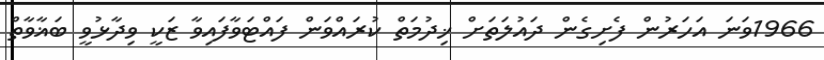
1966ވަނަ އަހަރުން ފެށިގެން ދައުލަތަށް ޚިދުމަތް ކުރައްވަން ފައްޓަވާފައިވާ ޒަކީ ވިދާޅުވީ ބަޣާވާތް